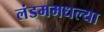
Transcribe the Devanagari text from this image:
लंडममधल्या